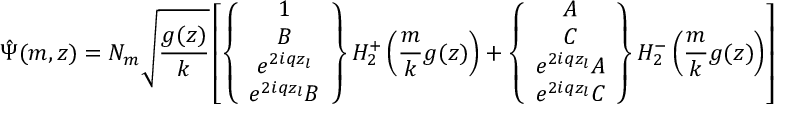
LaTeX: \hat { \Psi } ( m , z ) = N _ { m } \sqrt { \frac { g ( z ) } { k } } \left[ \left\{ \begin{array} { c } { { 1 } } \\ { { B } } \\ { { e ^ { 2 i q z _ { l } } } } \\ { { e ^ { 2 i q z _ { l } } B } } \end{array} \right\} H _ { 2 } ^ { + } \left( \frac { m } { k } g ( z ) \right) + \left\{ \begin{array} { c } { { A } } \\ { { C } } \\ { { e ^ { 2 i q z _ { l } } A } } \\ { { e ^ { 2 i q z _ { l } } C } } \end{array} \right\} H _ { 2 } ^ { - } \left( \frac { m } { k } g ( z ) \right) \right]